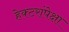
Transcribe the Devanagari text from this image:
हेक्टरांपेक्षा